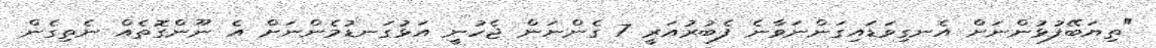
"ތިޔަބޭފުޅުންނަށް އެނގިވަޑައިގަންނަވާނެ ފެބުރުއަރީ 7 ގެންނަން ޖެހުނީ އަޅުގަނޑުމެންނަށް އެ ނޫންގޮތެއް ނެތިގެން